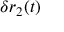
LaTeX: \delta r _ { 2 } ( t )